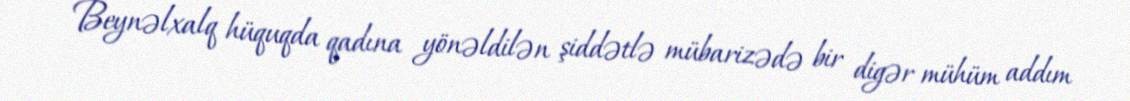
Beynəlxalq hüquqda qadına yönəldilən şiddətlə mübarizədə bir digər mühüm addım